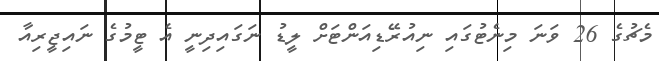
މެޗުގެ 26 ވަނަ މިނެޓުގައި ނިއުރޭޑިއަންޓަށް ލީޑު ނަގައިދިނީ އެ ޓީމުގެ ނައިޖީރިއާ